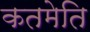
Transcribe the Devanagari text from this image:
कतमेति